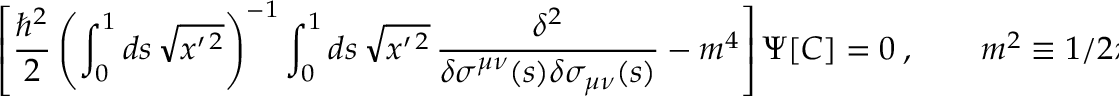
\left[ { \frac { \hbar ^ { 2 } } { 2 } } \left( \int _ { 0 } ^ { 1 } d s \, \sqrt { x ^ { \prime \, 2 } } \right) ^ { - 1 } \int _ { 0 } ^ { 1 } d s \, \sqrt { x ^ { \prime \, 2 } } \, { \frac { \delta ^ { 2 } } { \delta \sigma ^ { \mu \nu } ( s ) \delta \sigma _ { \mu \nu } ( s ) } } - m ^ { 4 } \right] \Psi [ C ] = 0 \ , \qquad m ^ { 2 } \equiv 1 / 2 \pi \alpha ^ { \prime } \ .